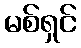
မစ်ရှင်